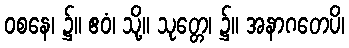
ဝစနေ၊ ၌။ ဧဝံ၊ သို့။ သုတ္တေ၊ ၌။ အနာဂတေပိ၊